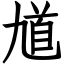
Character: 馗